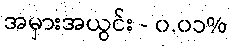
အမှားအယွင်း - ၀.၀၁%